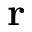
\mathbf { r }